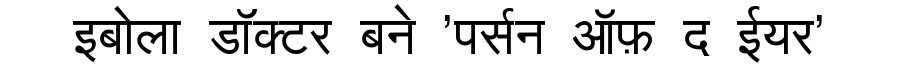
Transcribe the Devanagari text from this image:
इबोला डॉक्टर बने 'पर्सन ऑफ़ द ईयर'